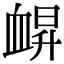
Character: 𧖿